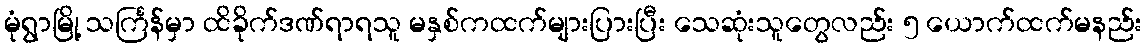
မုံရွာမြို့ သင်္ကြန်မှာ ထိခိုက်ဒဏ်ရာရသူ မနှစ်ကထက်များပြားပြီး သေဆုံးသူတွေလည်း ၅ ယောက်ထက်မနည်း